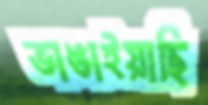
ভাঙাইয়াছি